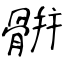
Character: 骿